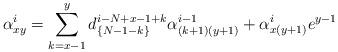
LaTeX: \begin{align*} \alpha_{xy}^i=\sum_{k=x-1}^y d^{i-N+x-1+k}_{\lbrace N-1-k\rbrace}\alpha_{(k+1)(y+1)}^{i-1}+\alpha_{x(y+1)}^{i}e^{y-1} \end{align*}